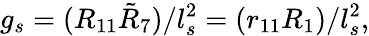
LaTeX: g_{s}=(R_{11}\tilde{R}_{7})/l_{s}^{2}=(r_{11}R_{1})/l_{s}^{2},